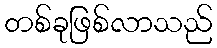
တစ်ခုဖြစ်လာသည်